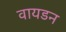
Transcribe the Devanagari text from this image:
वायडन